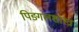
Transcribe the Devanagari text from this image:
पिङ्गलशास्त्र